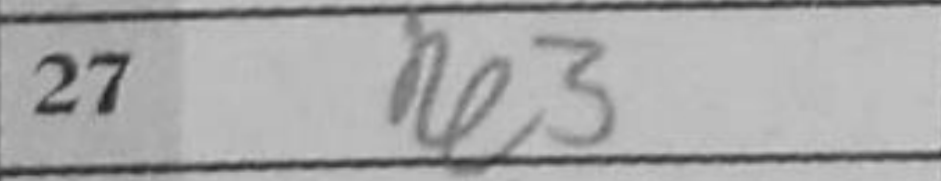
Transcription: Re5